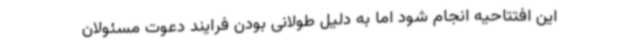
این افتتاحیه انجام شود اما به دلیل طولانی بودن فرایند دعوت مسئولان